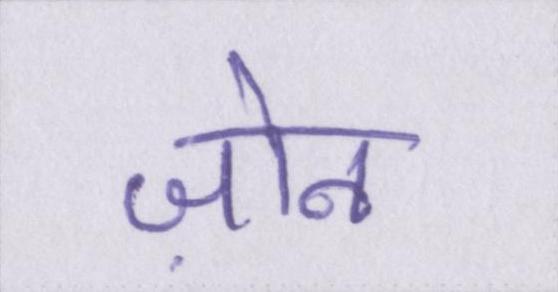
ज़ोन